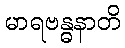
မာရဗန္ဓနာတိ